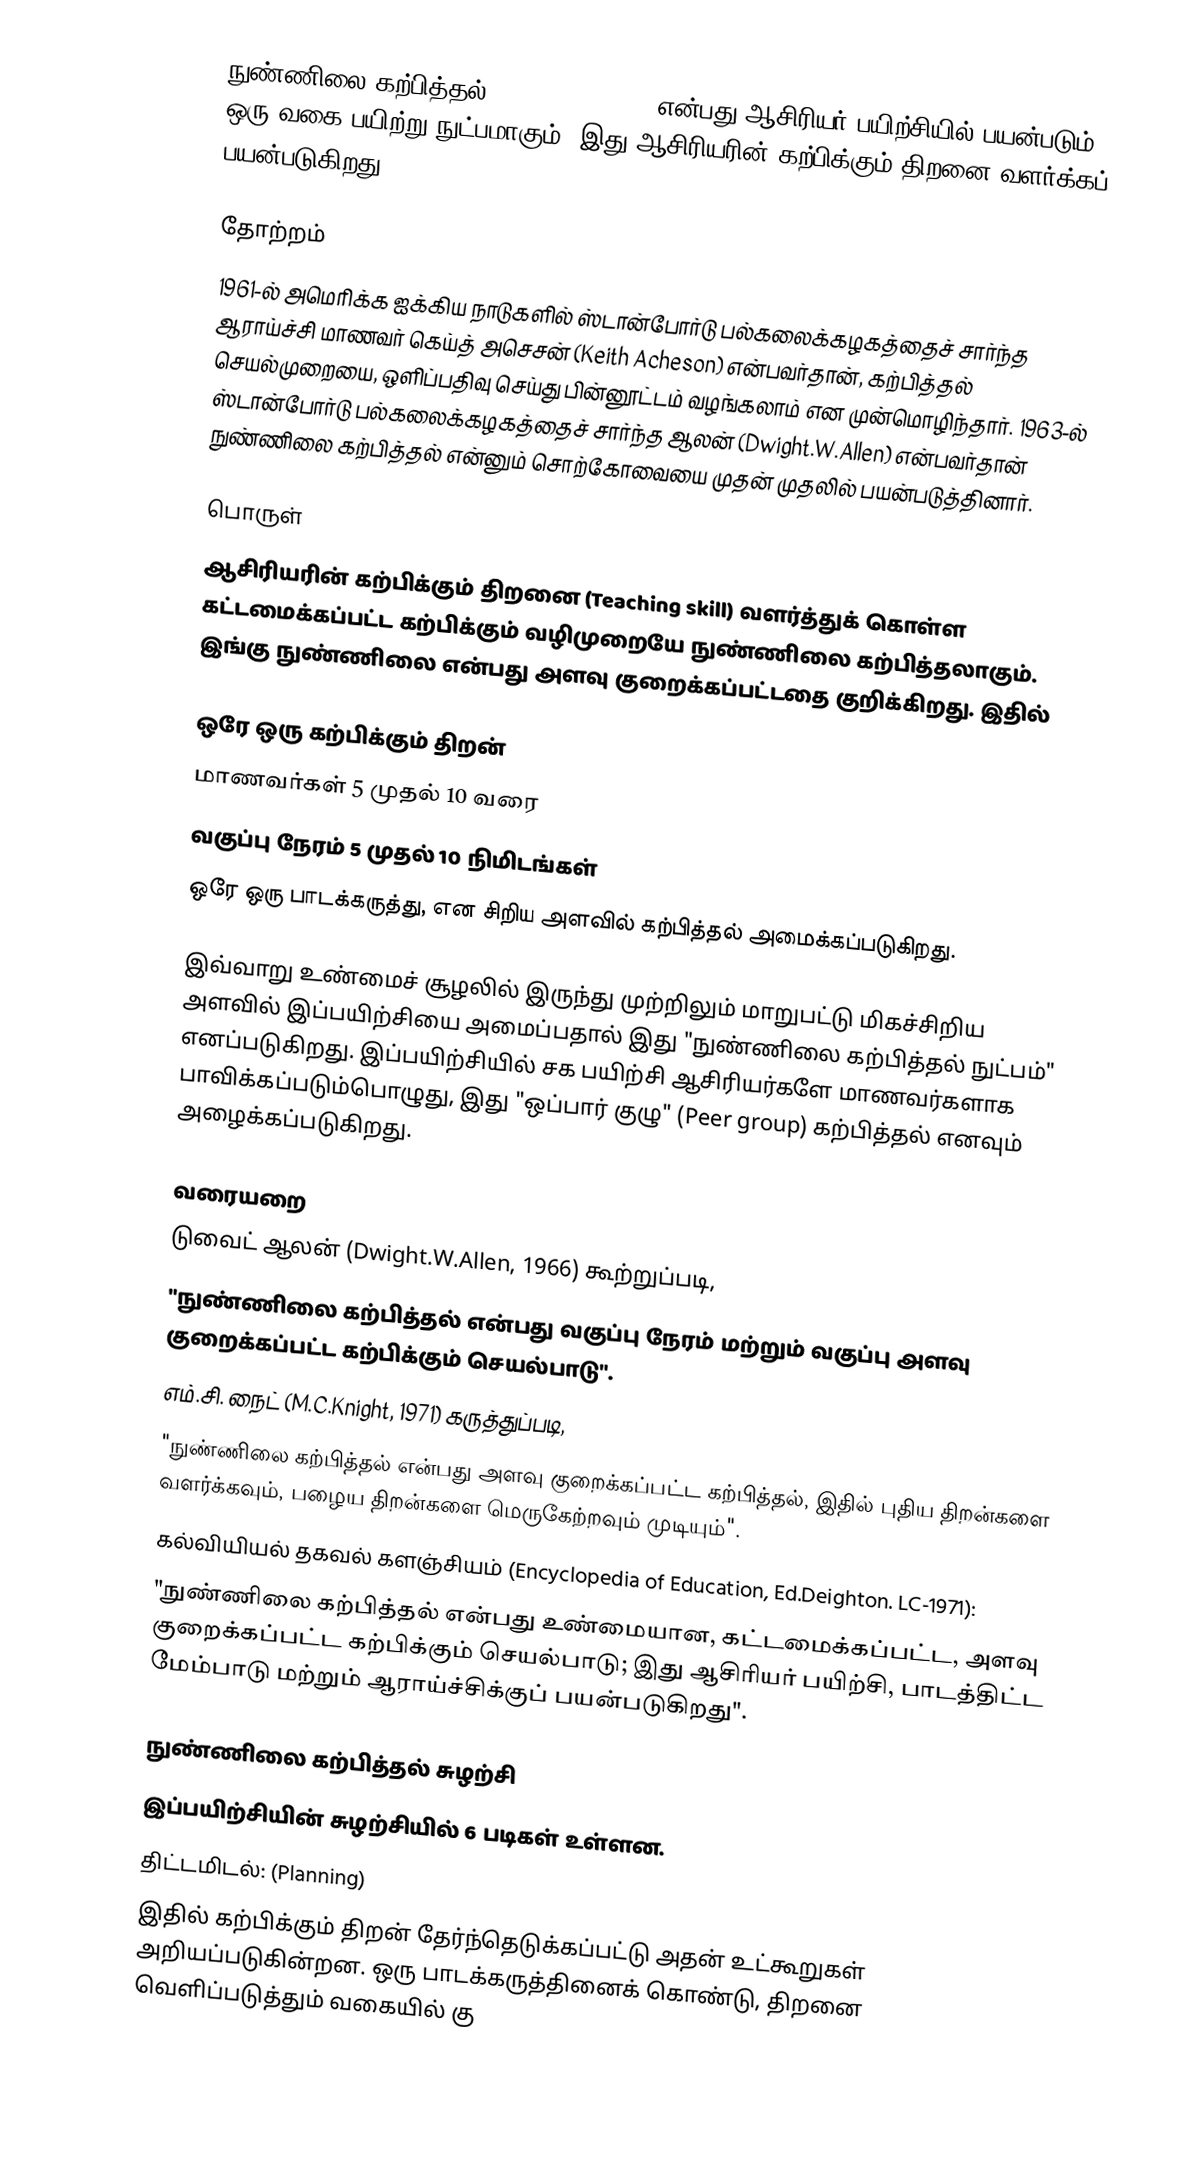
நுண்ணிலை கற்பித்தல் (Micro teaching) என்பது ஆசிரியர் பயிற்சியில் பயன்படும் ஒரு வகை பயிற்று நுட்பமாகும். இது ஆசிரியரின் கற்பிக்கும் திறனை வளர்க்கப் பயன்படுகிறது.

தோற்றம்
1961-ல் அமெரிக்க ஐக்கிய நாடுகளில் ஸ்டான்போர்டு பல்கலைக்கழகத்தைச் சார்ந்த ஆராய்ச்சி மாணவர் கெய்த் அசெசன் (Keith Acheson) என்பவர்தான், கற்பித்தல் செயல்முறையை, ஒளிப்பதிவு செய்து பின்னூட்டம் வழங்கலாம் என முன்மொழிந்தார். 1963-ல் ஸ்டான்போர்டு பல்கலைக்கழகத்தைச் சார்ந்த ஆலன் (Dwight.W.Allen) என்பவர்தான் நுண்ணிலை கற்பித்தல் என்னும் சொற்கோவையை முதன் முதலில் பயன்படுத்தினார்.

பொருள்
ஆசிரியரின் கற்பிக்கும் திறனை (Teaching skill) வளர்த்துக் கொள்ள கட்டமைக்கப்பட்ட கற்பிக்கும் வழிமுறையே நுண்ணிலை கற்பித்தலாகும். இங்கு நுண்ணிலை என்பது அளவு குறைக்கப்பட்டதை குறிக்கிறது. இதில்

 ஒரே ஒரு கற்பிக்கும் திறன்
 மாணவர்கள் 5 முதல் 10 வரை
 வகுப்பு நேரம் 5 முதல் 10 நிமிடங்கள்
 ஒரே ஒரு பாடக்கருத்து, என சிறிய அளவில் கற்பித்தல் அமைக்கப்படுகிறது.

இவ்வாறு உண்மைச் சூழலில் இருந்து முற்றிலும் மாறுபட்டு மிகச்சிறிய அளவில் இப்பயிற்சியை அமைப்பதால் இது "நுண்ணிலை கற்பித்தல் நுட்பம்" எனப்படுகிறது. இப்பயிற்சியில் சக பயிற்சி ஆசிரியர்களே மாணவர்களாக பாவிக்கப்படும்பொழுது, இது "ஒப்பார் குழு" (Peer group) கற்பித்தல் எனவும் அழைக்கப்படுகிறது.

வரையறை
டுவைட் ஆலன் (Dwight.W.Allen, 1966) கூற்றுப்படி,
"நுண்ணிலை கற்பித்தல் என்பது வகுப்பு நேரம் மற்றும் வகுப்பு அளவு குறைக்கப்பட்ட கற்பிக்கும் செயல்பாடு".
எம்.சி. நைட் (M.C.Knight, 1971) கருத்துப்படி,
"நுண்ணிலை கற்பித்தல் என்பது அளவு குறைக்கப்பட்ட கற்பித்தல், இதில் புதிய திறன்களை வளர்க்கவும், பழைய திறன்களை மெருகேற்றவும் முடியும்".
கல்வியியல் தகவல் களஞ்சியம் (Encyclopedia of Education, Ed.Deighton. LC-1971):
"நுண்ணிலை கற்பித்தல் என்பது உண்மையான, கட்டமைக்கப்பட்ட, அளவு குறைக்கப்பட்ட கற்பிக்கும் செயல்பாடு; இது ஆசிரியர் பயிற்சி, பாடத்திட்ட மேம்பாடு மற்றும் ஆராய்ச்சிக்குப் பயன்படுகிறது".

நுண்ணிலை கற்பித்தல் சுழற்சி
இப்பயிற்சியின் சுழற்சியில் 6 படிகள் உள்ளன.
திட்டமிடல்: (Planning)
இதில் கற்பிக்கும் திறன் தேர்ந்தெடுக்கப்பட்டு அதன் உட்கூறுகள் அறியப்படுகின்றன. ஒரு பாடக்கருத்தினைக் கொண்டு, திறனை வெளிப்படுத்தும் வகையில் கு